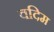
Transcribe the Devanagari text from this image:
वदिम